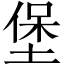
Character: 堡